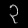
Digit: ၃